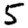
Digit: 5